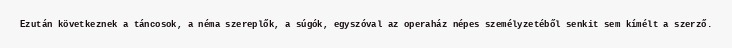
Ezután következnek a táncosok, a néma szereplők, a súgók, egyszóval az operaház népes személyzetéből senkit sem kímélt a szerző.